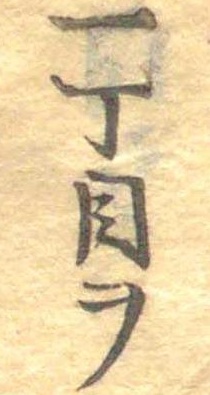
一丁目ヲ